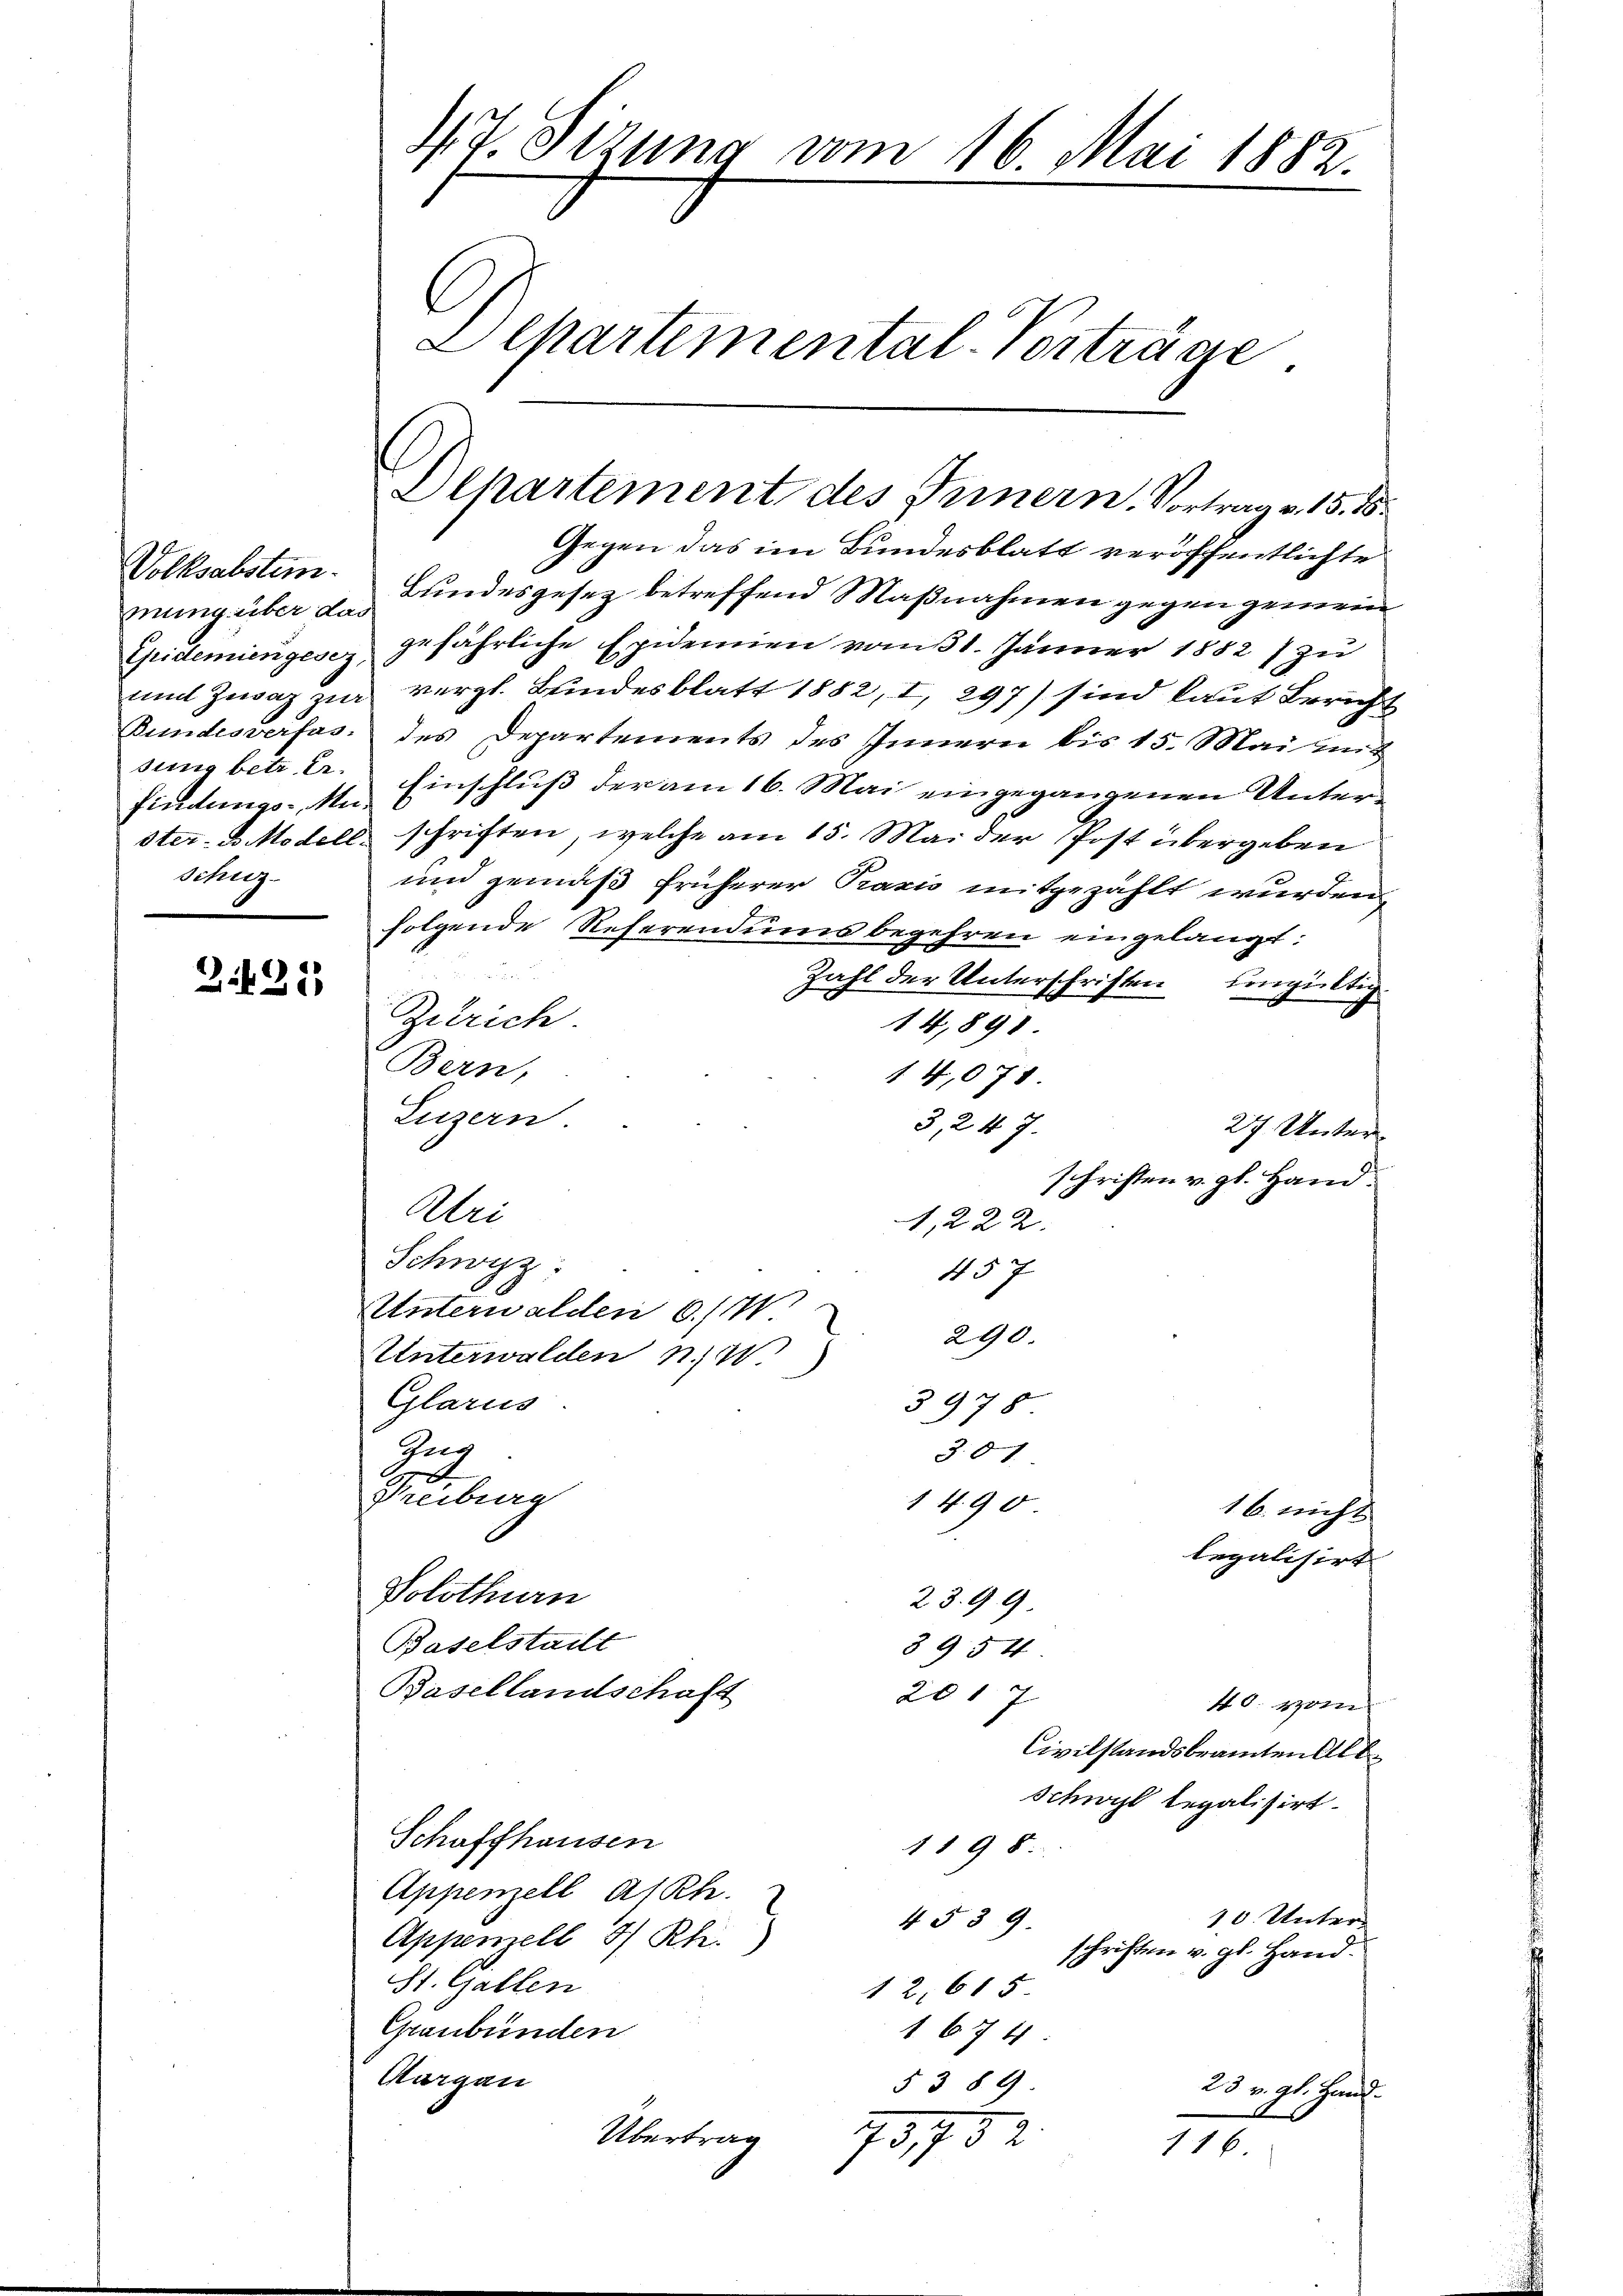
Volksabstem.
mung über da
Epidemien gesez
und Zewaz zu.
Bundesverfas-
sung betr. Er
findungs-Mi
ster B. Modell
Schuz-

2425

42. Sizung vom 16. Mai 1882.
Departemental-Vorträge

Departement des Innern, Vortrag v. 15. 15.

Gegen das im Bundesblatt veröffentlichte
Bundesgesez betreffend Maßnahmen gegen gemein
gefährliche Epidemien vom 1. Jänner 1882 zu
vergl. Bundesblatt 1882, I, 297) sind laut Bericht
des Departements des Innern bis 15. Mai mit
Einschluß der am 16. Mai eingegangenen Unterschriften, welche am 15. Mai der Post übergeben
und gemäß früherer Praxis mitgezählt wurden
folgende Referendums begehren eingelangt:
Zahl der Unterschriften ungültig
Zürich
14,891
Bern,
14,071.
Luzern.
3,247.
Uri
1,222.
Schwyz:
457
Unterwalden 6. 117
290.
Unterwalden n
Glarus
3978
Ger
301
e
Freibian
1490
16. nicht
legalisirt.
Volothurn
23.99
Baselstadt
8 & 5 t
Basellandschaft
2017
40. vom
Civilstandsbeamten Alb
Schwyl legalisirt.
Schaffhausen
1198
Appenzell a/Rh.
10. Unter-
4539
Appenzell 5 Rh.)
schriften v. gl. Hand¬
St. Gallen
12,615.
Graubünden
167 b
Aargau
§ 389
23 v. gl. Hand
Übertrag
733
11 6

27. Unter
schriften v. gl. Hand.